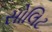
સોલિટ